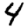
Digit: 4